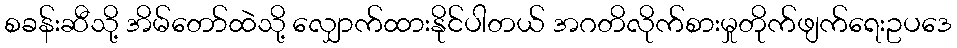
စခန်းဆီသို့ အိမ်တော်ထဲသို့ လျှောက်ထားနိုင်ပါတယ် အဂတိလိုက်စားမှုတိုက်ဖျက်ရေးဥပဒေ